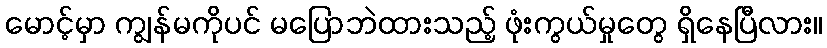
မောင့်မှာ ကျွန်မကိုပင် မပြောဘဲထားသည့် ဖုံးကွယ်မှုတွေ ရှိနေပြီလား။